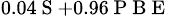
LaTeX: _{0.04\mathrm{~S~}+0.96\mathrm{~P~B~E~}}